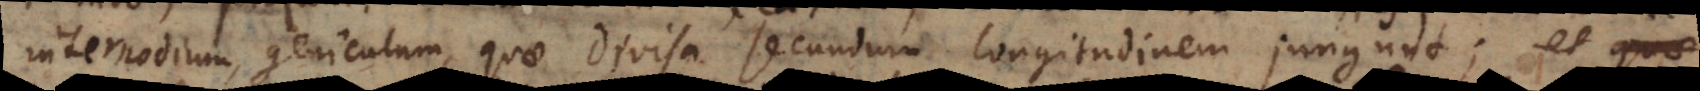
internodium, geniculum, quae divisa secundum longitudinem jungunt; et quae